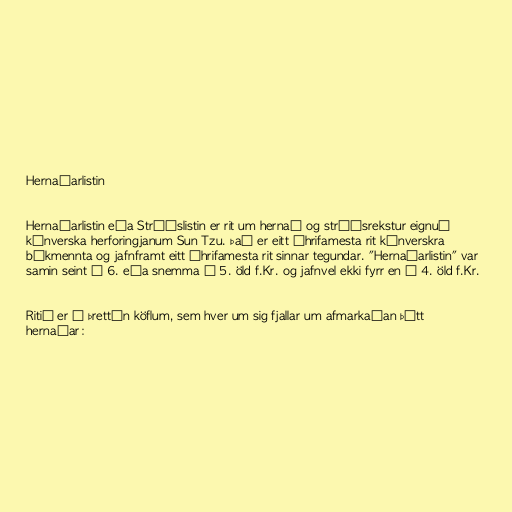
Hernaðarlistin

Hernaðarlistin eða Stríðslistin er rit um hernað og stríðsrekstur eignuð
kínverska herforingjanum Sun Tzu. Það er eitt áhrifamesta rit kínverskra
bókmennta og jafnframt eitt áhrifamesta rit sinnar tegundar. "Hernaðarlistin" var
samin seint á 6. eða snemma á 5. öld f.Kr. og jafnvel ekki fyrr en á 4. öld f.Kr.

Ritið er í þrettán köflum, sem hver um sig fjallar um afmarkaðan þátt
hernaðar: